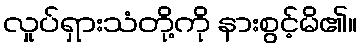
လှုပ်ရှားသံတို့ကို နားစွင့်မိ၏။